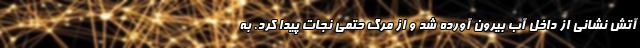
آتش نشانی از داخل آب بیرون آورده شد و از مرگ حتمی نجات پیدا کرد. به